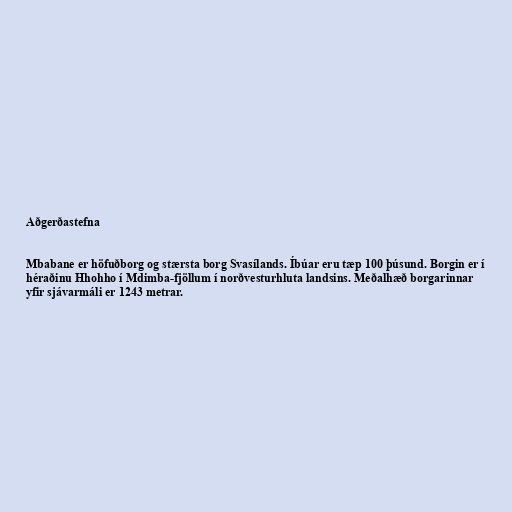
Aðgerðastefna

Mbabane er höfuðborg og stærsta borg Svasílands. Íbúar eru tæp 100 þúsund. Borgin er í
héraðinu Hhohho í Mdimba-fjöllum í norðvesturhluta landsins. Meðalhæð borgarinnar
yfir sjávarmáli er 1243 metrar.